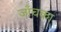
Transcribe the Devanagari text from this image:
जाँचका